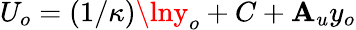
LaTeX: U_{o}=(1/\kappa)\lny_{o}+C+\mathbf{A}_{u}y_{o}